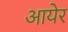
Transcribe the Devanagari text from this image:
आयेर